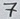
Text: 7